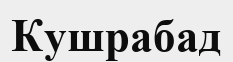
Кушрабад